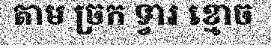
តាម ច្រក ទ្វារ ខ្មោច